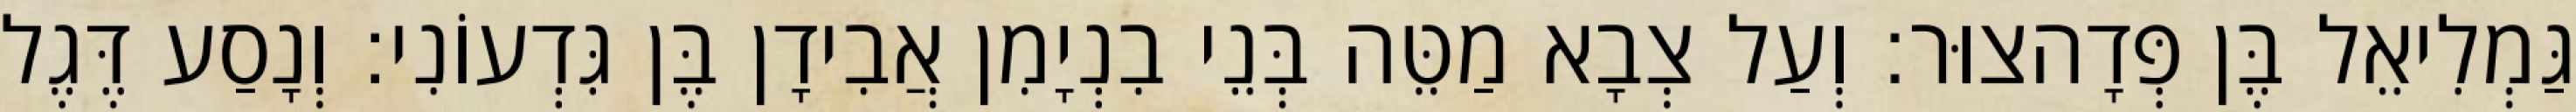
גַּמְלִיאֵל בֶּן פְּדָהצוּר׃ וְעַל צְבָא מַטֵּה בְּנֵי בִנְיָמִן אֲבִידָן בֶּן גִּדְעוֹנִי׃ וְנָסַע דֶּגֶל